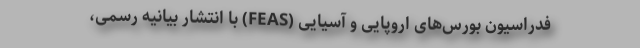
فدراسیون بورس‌های اروپایی و آسیایی (FEAS) با انتشار بیانیه رسمی،